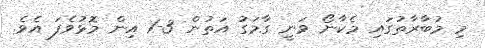
މި މުބާރާތުގައި މެކާނޯ ވަނީ ގާމަގު އަތުން 3-1 އިން މޮޅުވެފަ އެވެ.